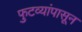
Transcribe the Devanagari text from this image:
फुटव्यांपासून